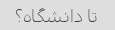
تا دانشگاه؟